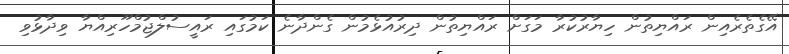
އޭގެތެރެއިން ރައްޔިތުން ހިޔާރުކުރާ މަގަށް ރައްޔިތުން ދިރުއުޅެމުން ގެންދާނެ ކަމުގައި ރައީސުލްޖުމްހޫރިއްޔާ ވިދާޅުވި